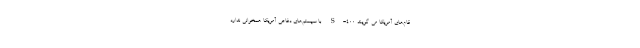
قام‌های آمریکا می گویند S-۴۰۰ با سیستم‌های دفاعی آمریکا همخوانی ندارد